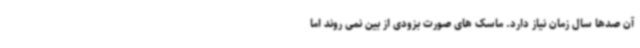
آن صدها سال زمان نیاز دارد. ماسک های صورت بزودی از بین نمی روند اما